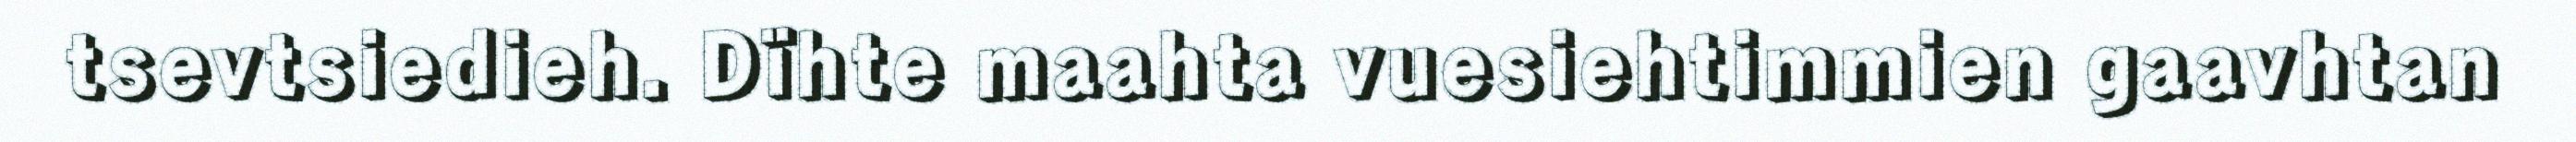
tsevtsiedieh. Dïhte maahta vuesiehtimmien gaavhtan